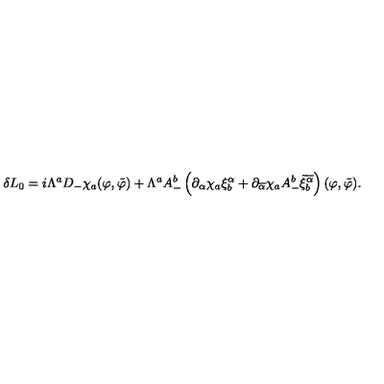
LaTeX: \delta L _ { 0 } = i \Lambda ^ { a } D _ { - } \chi _ { a } ( \varphi , \tilde { \varphi } ) + \Lambda ^ { a } A _ { - } ^ { b } \left( \partial _ { \alpha } \chi _ { a } \xi _ { b } ^ { \alpha } + \partial _ { \overline { { \alpha } } } \chi _ { a } A _ { - } ^ { b } \tilde { \xi } _ { b } ^ { \overline { { \alpha } } } \right) ( \varphi , \tilde { \varphi } ) .